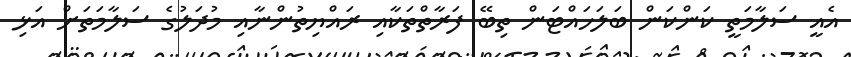
އެއީ ސަލާމަތީ ކަންކަން ބަލަހައްޓަން ތިބޭ ފަރާތްތަކާއި ރައްޔިތުންނާއި މުދަލުގެ ސަލާމަތަށް އަޅި